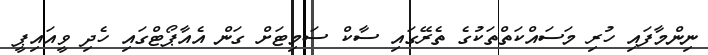
ނިންމާފައި ހުރި މަސައްކަތްތަކުގެ ތެރޭގައި ސާކް ސަމިޓަށް ގަން އެއާޕޯޓްގައި ހެދި ވީއައިޕީ